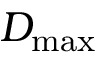
D _ { \mathrm { m a x } }